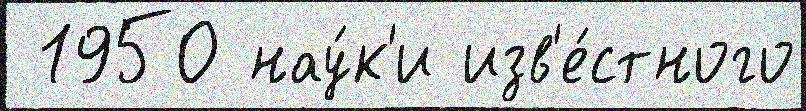
 1950 нау́к'и изв'е́стного